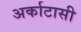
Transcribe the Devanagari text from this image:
अर्काटासी